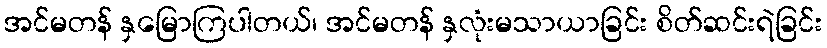
အင်မတန် နှမြောကြပါတယ်၊ အင်မတန် နှလုံးမသာယာခြင်း စိတ်ဆင်းရဲခြင်း